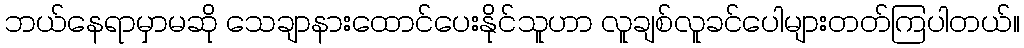
ဘယ်နေရာမှာမဆို သေချာနားထောင်ပေးနိုင်သူဟာ လူချစ်လူခင်ပေါများတတ်ကြပါတယ်။